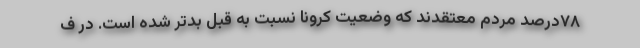
۷۸درصد مردم معتقدند که وضعیت کرونا نسبت به قبل بدتر شده است. در ف